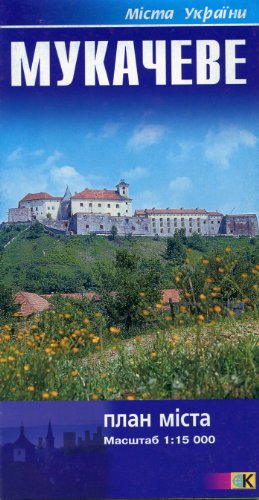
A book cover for Mukachevo (Ukraine) 1:15,000 Street Map; Kartografija Ukraine; Travel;